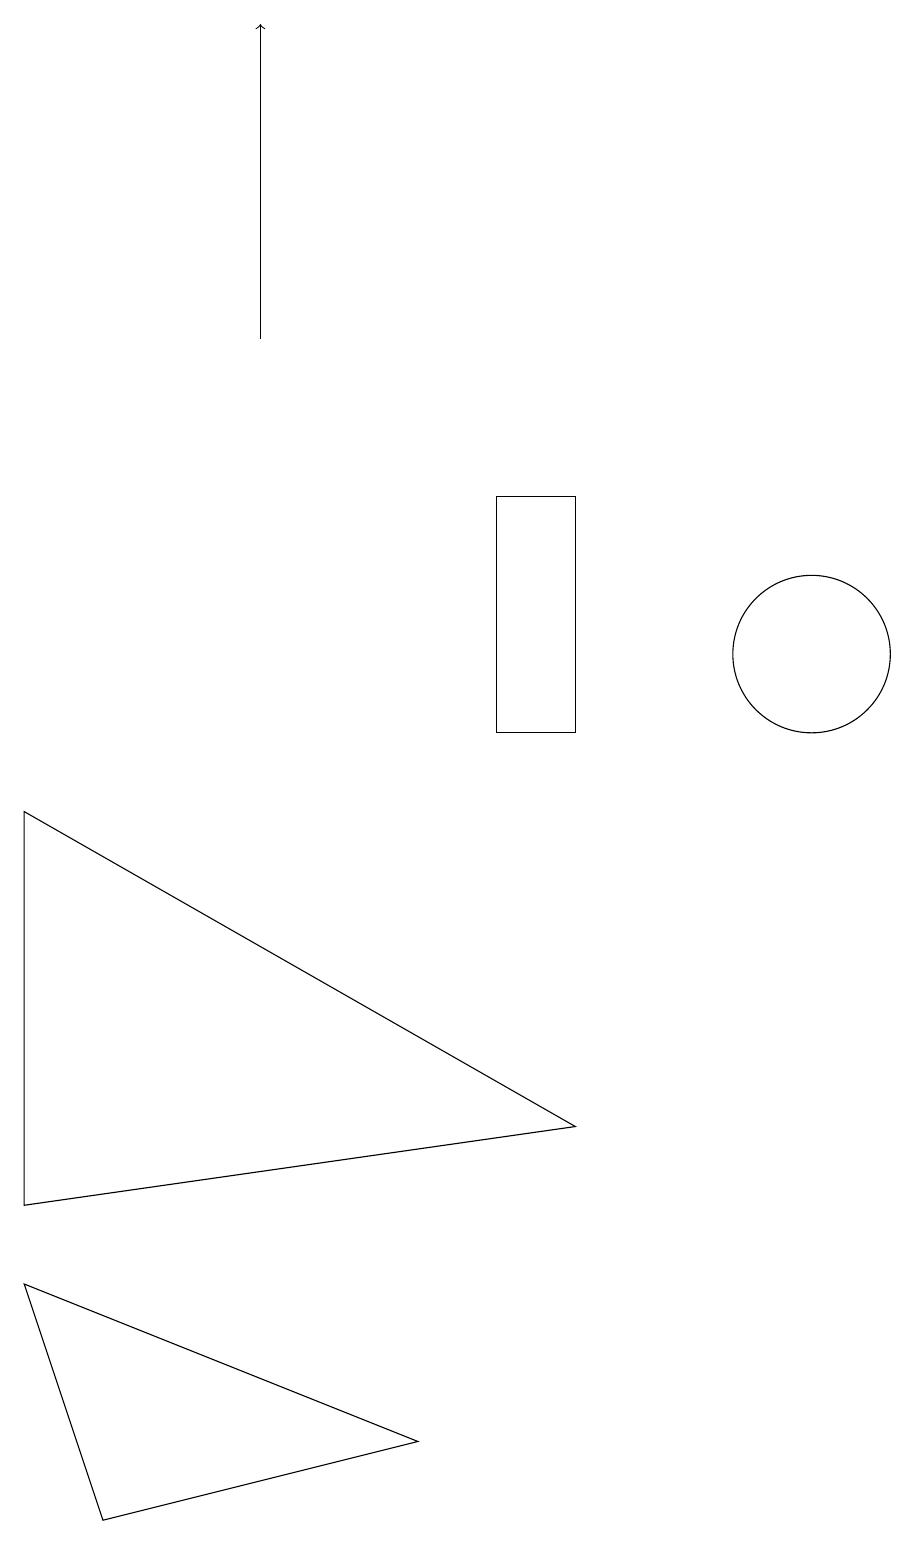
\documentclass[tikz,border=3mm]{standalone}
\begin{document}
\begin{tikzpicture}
\draw (7,1) -- (3,0) -- (2,3) -- cycle;
\draw[->] (5,15) -- (5,19);
\draw (8,10) rectangle (9,13);
\draw (2,4) -- (9,5) -- (2,9) -- cycle;
\draw (12,11) circle (1);
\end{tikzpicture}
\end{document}